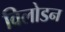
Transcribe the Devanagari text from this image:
विलोडन